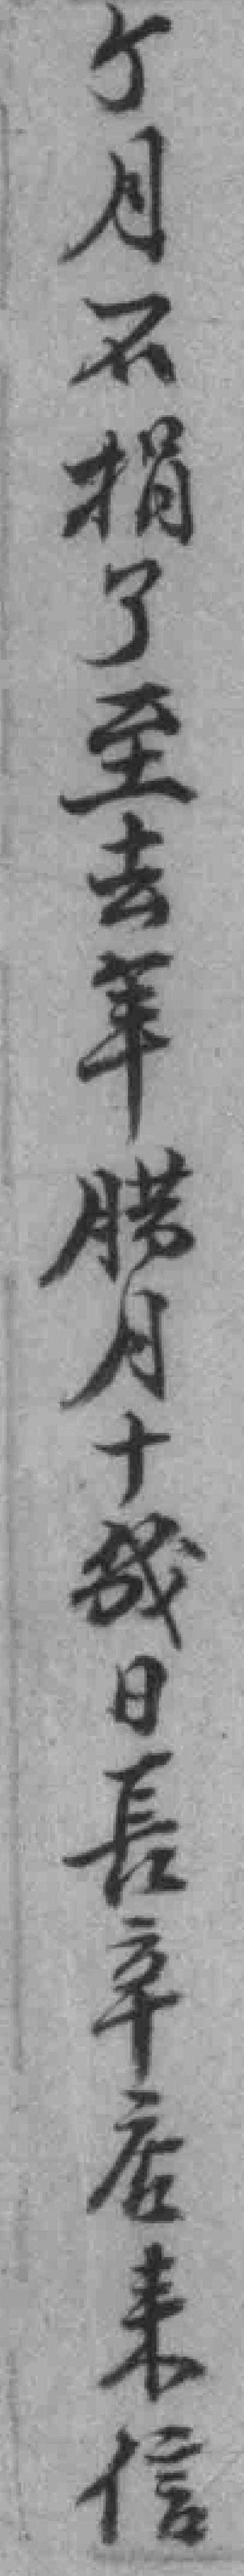
个月不捐了之去年腊月十幾日長辛店來信